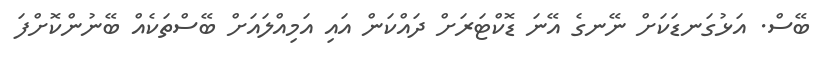
ބޭސް. އަޅުގަނޑަކަށް ނޭނގެ އޭނަ ޑޮކްޓަރަށް ދައްކަން އައި އަމިއްލައަށް ބޭސްތަކެއް ބޭނުންކޮށްފަ